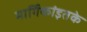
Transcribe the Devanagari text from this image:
मार्गिकांइतके